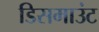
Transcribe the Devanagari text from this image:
डिसमाउंट